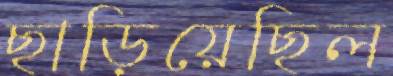
ছাড়িয়েছিল